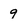
Character: 9